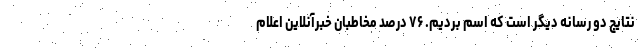
نتایج دو رسانه دیگر است که اسم بردیم. ۷۶ درصد مخاطبان خبرآنلاین اعلام